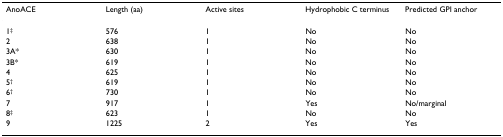
<table><thead><tr><td><b>AnoACE</b></td><td><b>Length (aa)</b></td><td><b>Active sites</b></td><td><b>Hydrophobic C terminus</b></td><td><b>Predicted GPI anchor</b></td></tr></thead><tbody><tr><td>1<sup>‡</sup></td><td>576</td><td>1</td><td>No</td><td>No</td></tr><tr><td>2</td><td>638</td><td>1</td><td>No</td><td>No</td></tr><tr><td>3A*</td><td>630</td><td>1</td><td>No</td><td>No</td></tr><tr><td>3B*</td><td>619</td><td>1</td><td>No</td><td>No</td></tr><tr><td>4</td><td>625</td><td>1</td><td>No</td><td>No</td></tr><tr><td>5<sup>†</sup></td><td>619</td><td>1</td><td>No</td><td>No</td></tr><tr><td>6<sup>†</sup></td><td>730</td><td>1</td><td>No</td><td>No</td></tr><tr><td>7</td><td>917</td><td>1</td><td>Yes</td><td>No/marginal</td></tr><tr><td>8<sup>‡</sup></td><td>623</td><td>1</td><td>No</td><td>No</td></tr><tr><td>9</td><td>1225</td><td>2</td><td>Yes</td><td>Yes</td></tr></tbody></table>